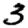
Digit: 3